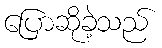
ပြောဆိုခဲ့သည်